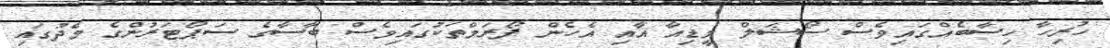
ހުރިހާ ހިސާބެއްގައިވެސް ސޯޝަލް މީޑިއާ އާއި އެހެން ފޯރަމްތަކުގައިވެސް ބާސާގެ ސަޕޯޓަރުންގެ މެދުގައި